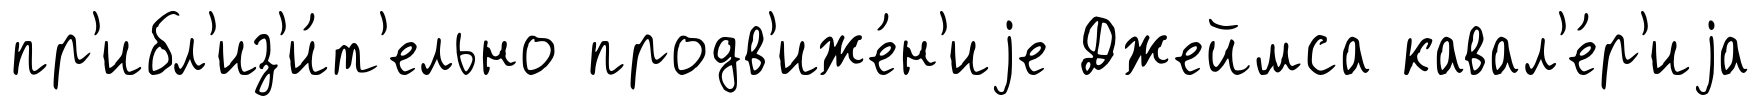
пр'ибл'из'и́т'ельно продв'иже́н'иjе Джеймса кавал'е́р'иjа